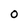
Character: O